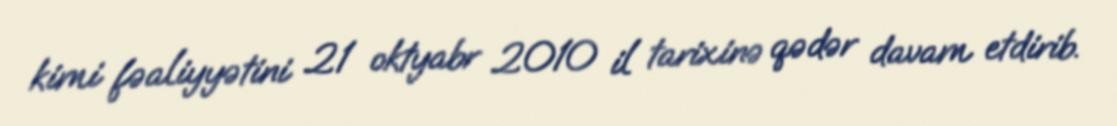
kimi fəaliyyətini 21 oktyabr 2010 il tarixinə qədər davam etdirib.